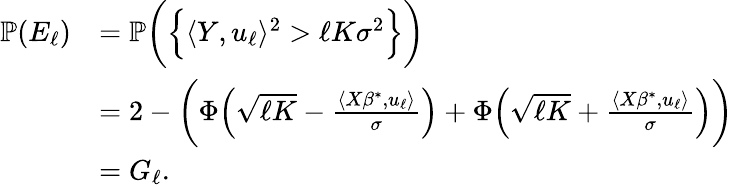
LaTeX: \begin{array}{rl}{\mathbb{P}(E_{\ell})}&{=\mathbb{P}\bigg(\Big\{ \langle Y,u_{\ell}\rangle^{2}>\ell K\sigma^{2}\Big\} \bigg)}\\ &{=2-\bigg(\Phi\Big(\sqrt{\ell K}-\frac{\langle X\beta^{*},u_{\ell}\rangle}{\sigma}\Big)+\Phi\Big(\sqrt{\ell K}+\frac{\langle X\beta^{*},u_{\ell}\rangle}{\sigma}\Big)\bigg)}\\ &{=G_{\ell}.}\end{array}